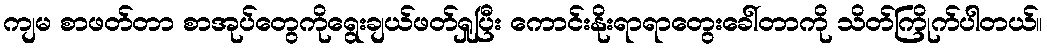
ကျမ စာဖတ်တာ စာအုပ်တွေကိုရွေးချယ်ဖတ်ရှုပြီး ကောင်းနိုးရာရာတွေးခေါ်တာကို သိတ်ကြိုက်ပါတယ်။